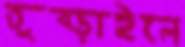
তুব্‌ড়াইলে